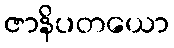
ဇာနိပတယော